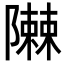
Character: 𮥪